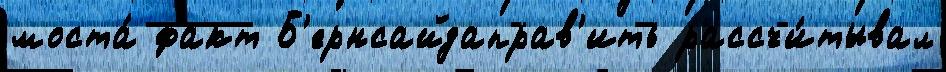
моста́ факт Б'ернсайдаправ'ить рассчи́тывал